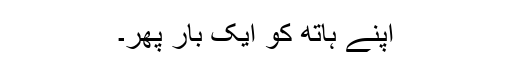
اپنے ہاتھ کو ایک بار پھر۔